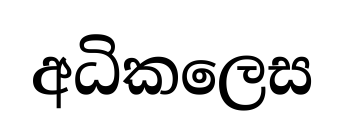
අධිකලෙස